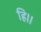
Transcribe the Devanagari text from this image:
हि।।